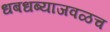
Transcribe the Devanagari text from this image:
धबधब्याजवळच